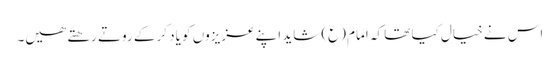
اس نے خیال کیا تھا کہ امام (ع) شاید اپنے عزیزوں کو یاد کر کے روتے رھتے ھیں۔